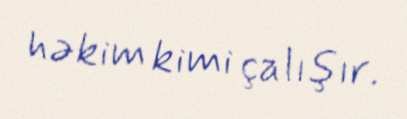
həkim kimi çalışır.